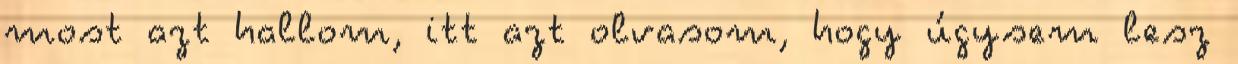
most azt hallom, itt azt olvasom, hogy úgysem lesz